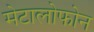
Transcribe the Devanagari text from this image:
मेटालोफोन